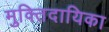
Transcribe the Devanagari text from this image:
मुक्तिदायिका